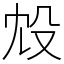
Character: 㱽